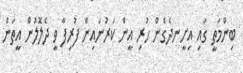
ބިންމަތީ ގައި އިށީނދެގެން ހުރި އީން ކަރުނައިން ފުރިފާ ވީ ދެލޮލުން އީތަން